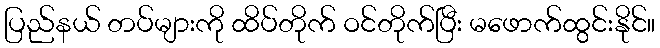
ပြည်နယ် တပ်များကို ထိပ်တိုက် ဝင်တိုက်ပြီး မဖောက်ထွင်းနိုင်။